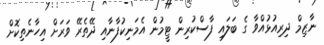
ނާޒިމް ދިރިއުޅުއްވާ ގެ ބަލައި ފާސްކުރިން ޓީމުން އެމަނިކުފާނާއި ދޭތެރޭ ވަރަށް އިހާނެތިކޮށް